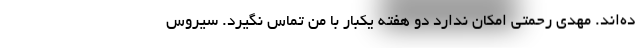
ده‌اند. مهدی رحمتی امکان ندارد دو هفته یکبار با من تماس نگیرد. سیروس